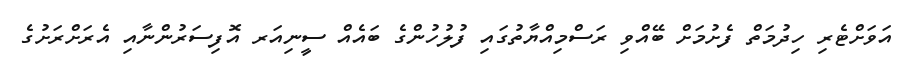
އަވަށްޓެރި ހިދުމަތް ފެށުމަށް ބޭއްވި ރަސްމިއްޔާތުގައި ފުލުހުންގެ ބައެއް ސީނިއަރ އޮފިސަރުންނާއި އެރަށްރަށުގެ